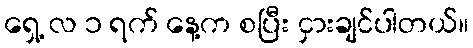
ရှေ့ လ ၁ ရက် နေ့က စပြီး ငှားချင်ပါတယ်။